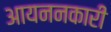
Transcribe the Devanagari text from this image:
आयननकारी